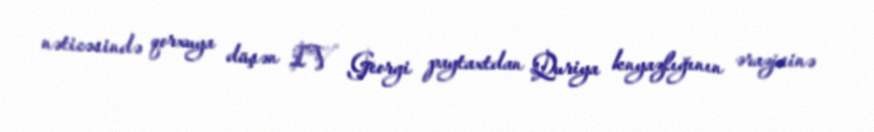
nəticəsində qorxuya düşən IV Georgi paytaxtdan Quriya knyazlığının ərazisinə